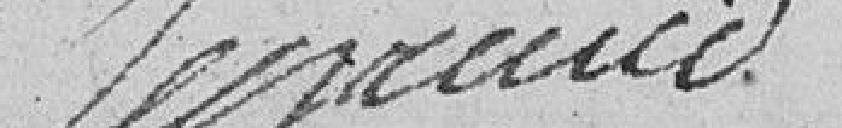
Legrand